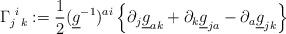
LaTeX: \begin{align*} \Gamma_{j \ k}^{\ i}& := \frac{1}{2}(\underline{g}^{-1})^{ai}\left\lbrace\partial_j \underline{g}_{ak}+\partial_k \underline{g}_{ja}-\partial_a \underline{g}_{jk}\right\rbrace \end{align*}